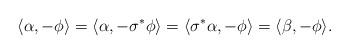
LaTeX: \begin{align*}\langle \alpha, -\phi \rangle = \langle \alpha, -\sigma^* \phi \rangle = \langle \sigma^* \alpha, -\phi \rangle = \langle \beta, -\phi \rangle.\end{align*}